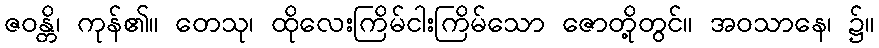
ဇဝန္တိ၊ ကုန်၏။ တေသု၊ ထိုလေးကြိမ်ငါးကြိမ်သော ဇောတို့တွင်။ အဝသာနေ၊ ၌။